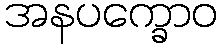
အနပက္ခောဝ